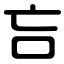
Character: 吂